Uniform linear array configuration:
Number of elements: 8
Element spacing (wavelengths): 1
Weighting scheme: hamming
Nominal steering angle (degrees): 60
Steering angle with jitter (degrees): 60.684
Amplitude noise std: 0.05
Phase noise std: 0.05

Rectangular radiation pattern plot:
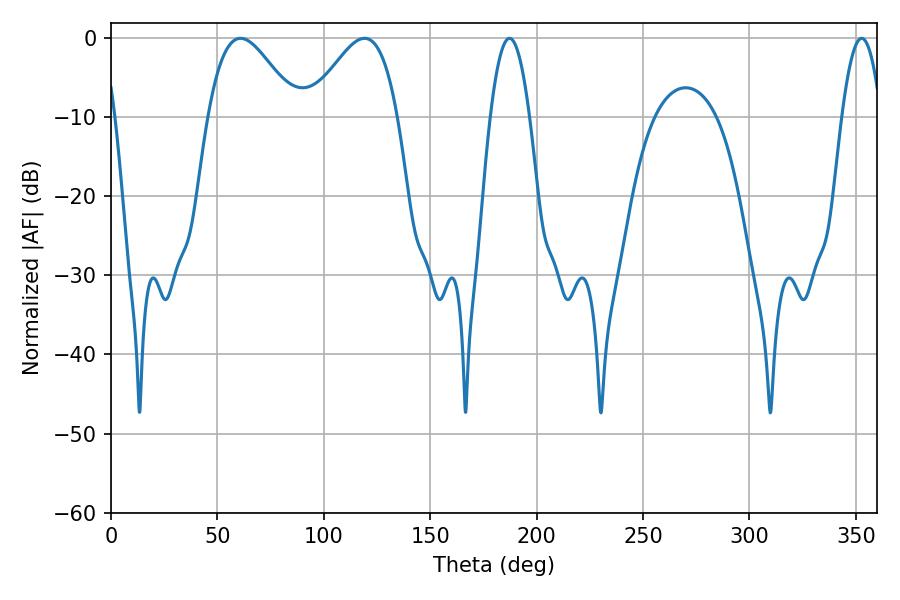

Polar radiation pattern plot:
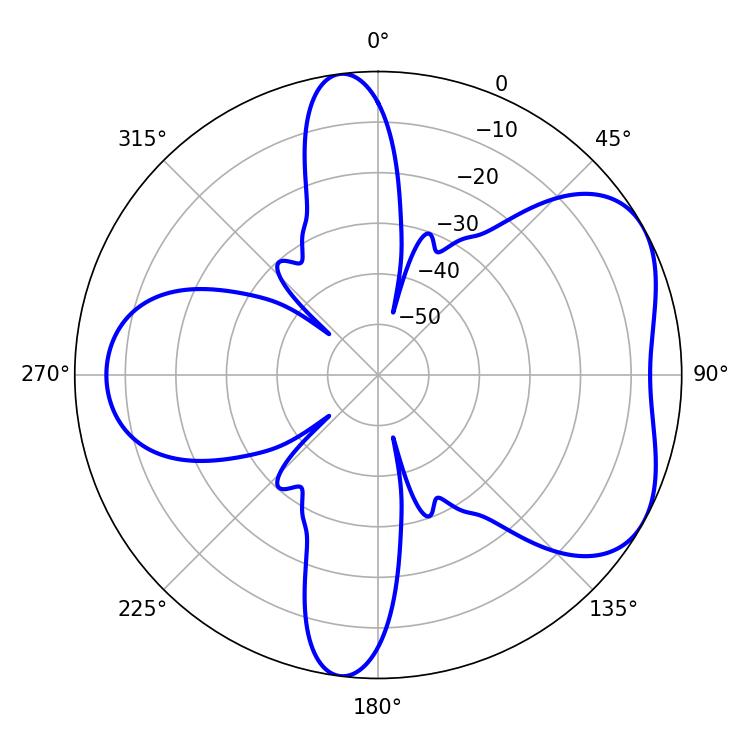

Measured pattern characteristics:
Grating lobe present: TRUE
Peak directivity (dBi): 5.089
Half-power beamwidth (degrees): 22.32
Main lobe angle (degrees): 60.84